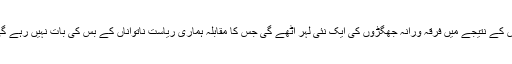
اس کے نتیجے میں فرقہ ورانہ جھگڑوں کی ایک نئی لہر اُٹھے گی جس کا مقابلہ ہماری ریاستِ ناتواناں کے بس کی بات نہیں رہے گی۔